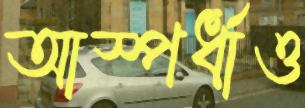
আস্পর্ধাও